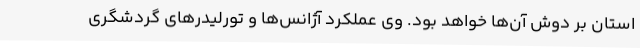
استان بر دوش آن‌ها خواهد بود. وی عملکرد آژانس‌ها و تورلیدرهای گردشگری